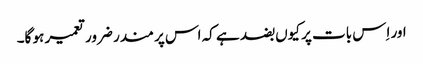
اور اِس بات پر کیوں بضد ہے کہ اس پر مندر ضرور تعمیر ہو گا۔